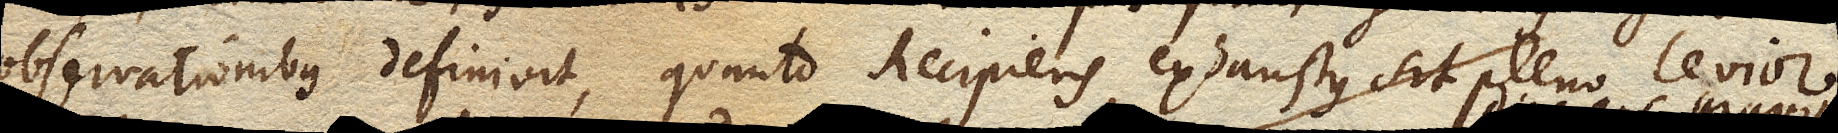
observationibus definivit quanto Recipiens exhaustus sit pleno levior